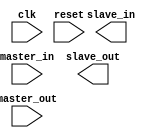
module spi_controller (
  input wire clk,
  input wire reset,
  input wire master_out,
  input wire master_in,
  output wire slave_out,
  output wire slave_in
);

  // Timing control and synchronization logic here
  
endmodule